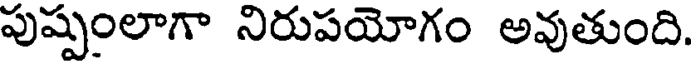
పుష్పంలాగా నిరుపయోగం అవుతుంది.